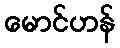
မောင်ဟန်